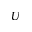
U